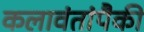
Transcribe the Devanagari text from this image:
कलावंतांपैकी